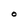
Character: O